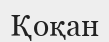
Қоқан